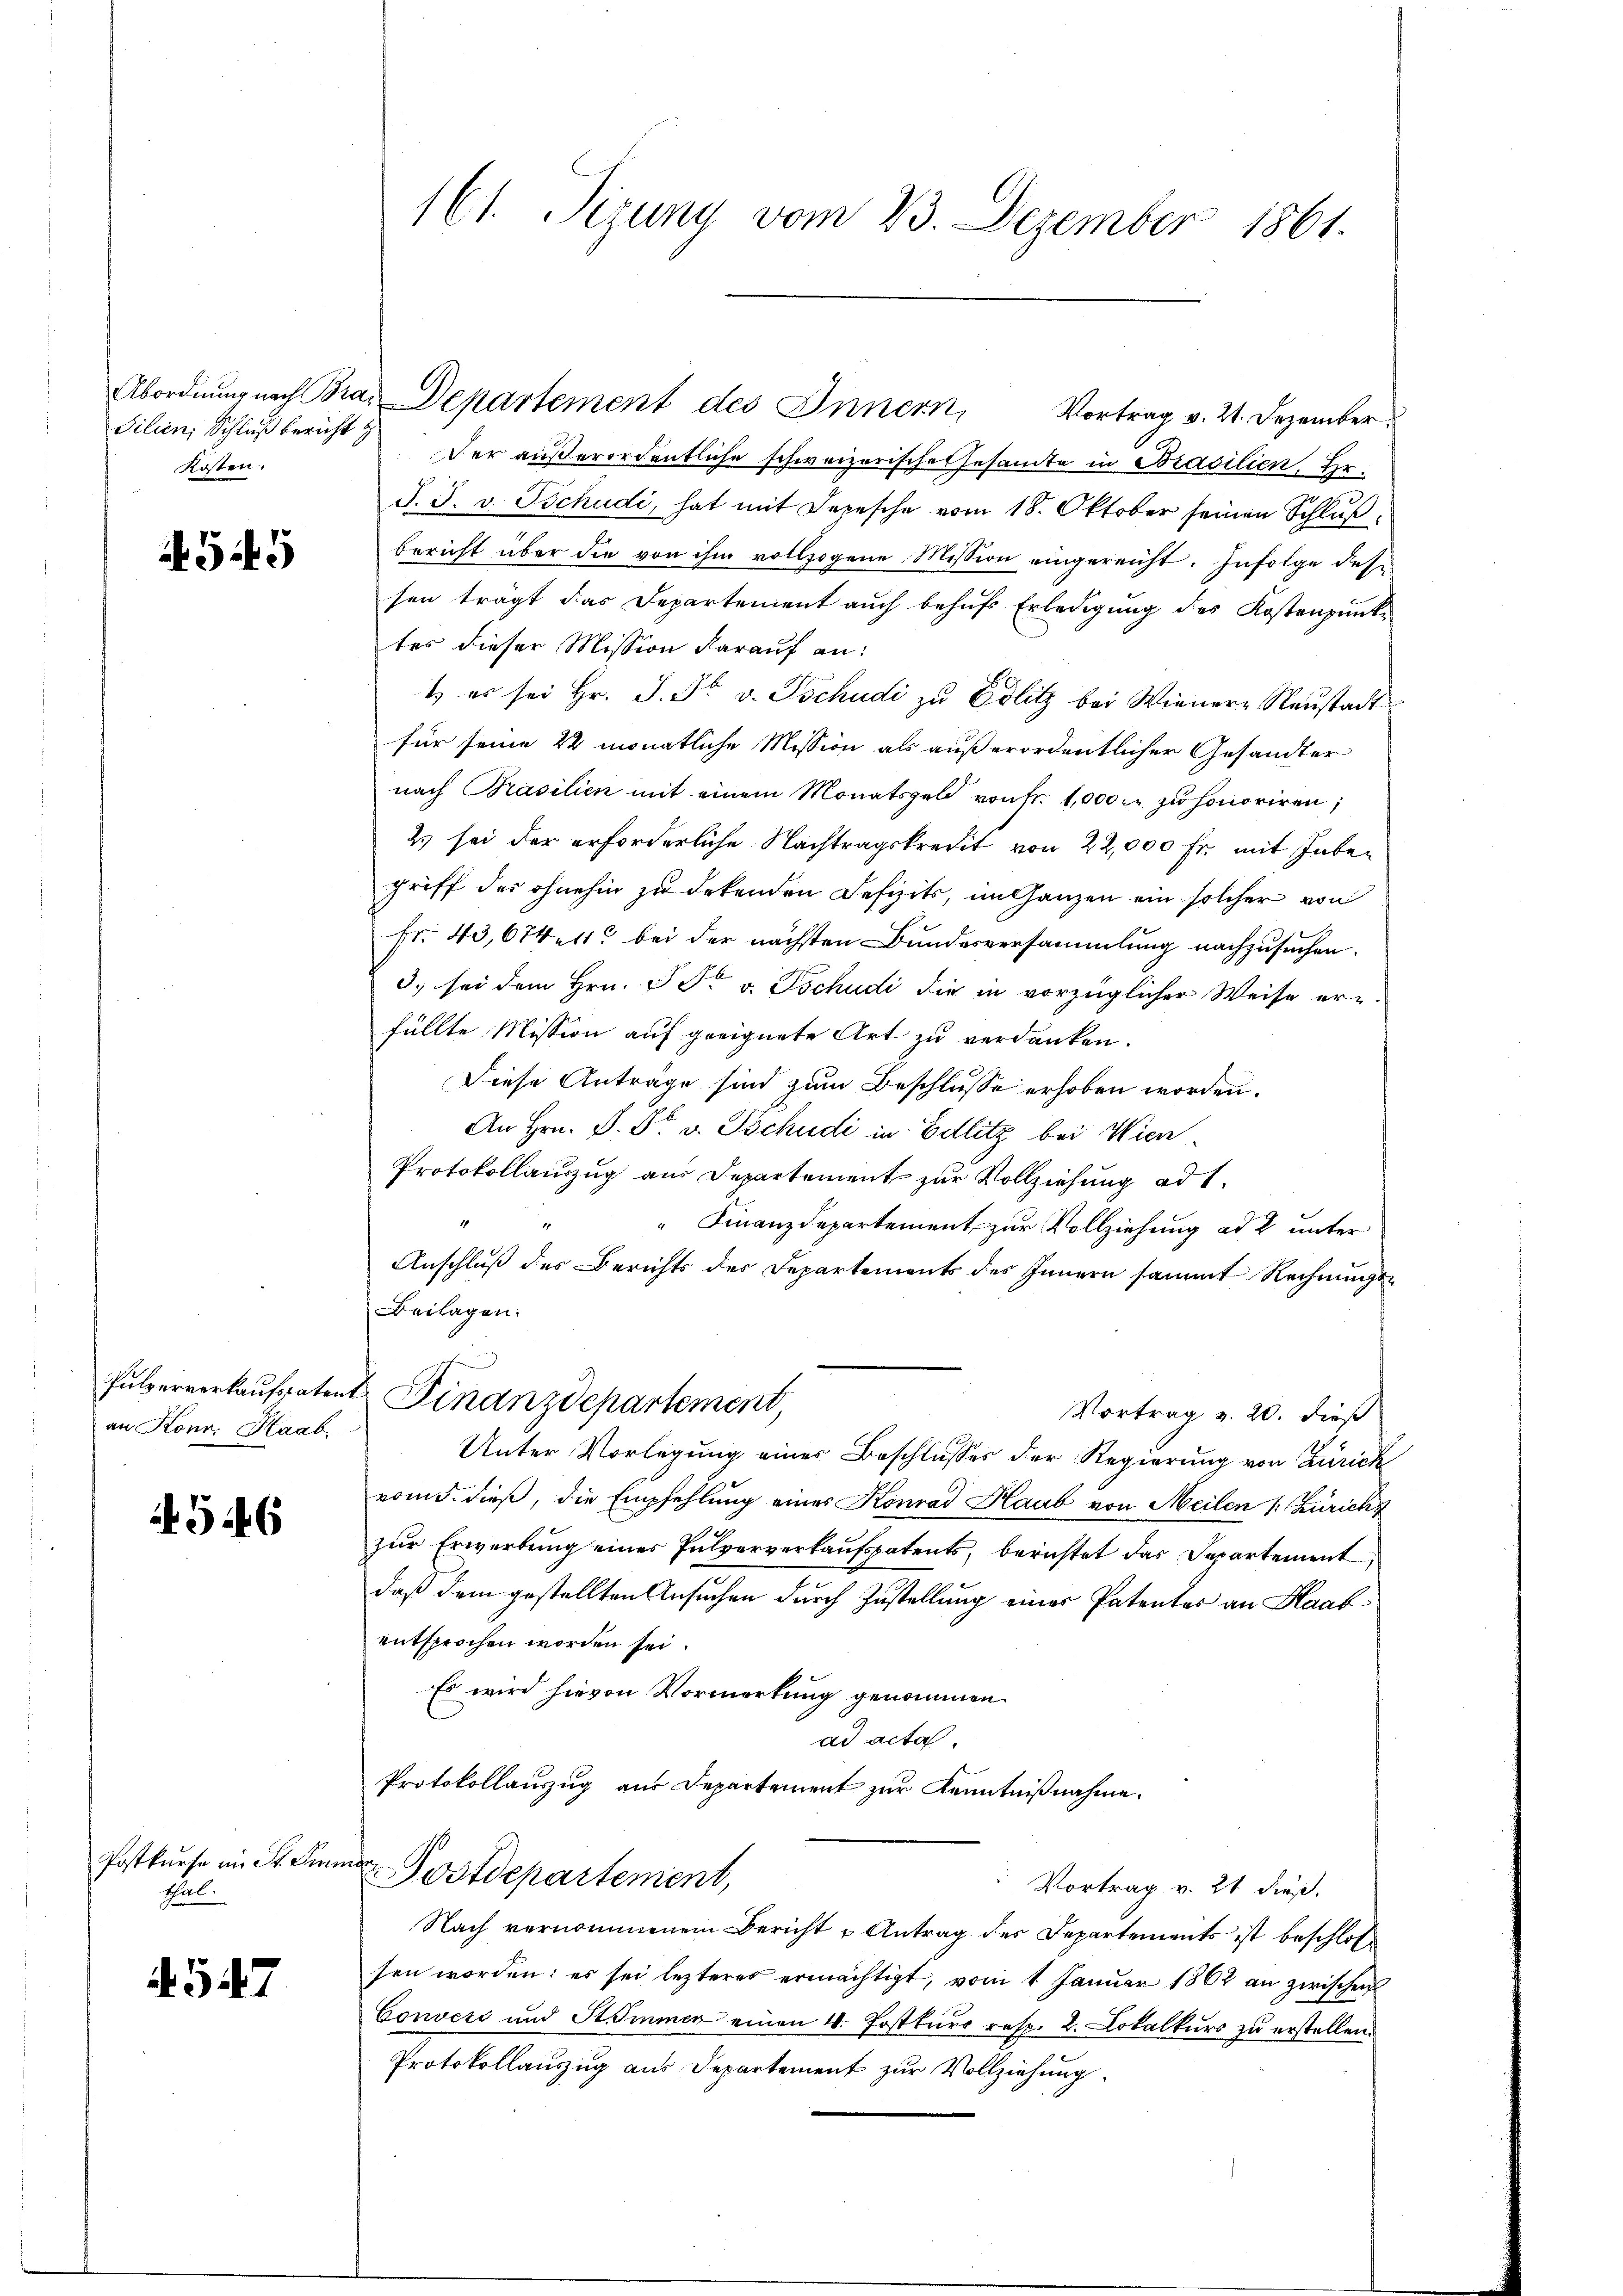
Silien, Schluß bericht g
Kosten.

545

an Konr. Haab

4546

Postkurse im St. Sinn.
thal.

4547

161. Sizung vom 23. Dezember 1861.

Abordnŭng nach Bra. Departement des Innern, Vortrag v. 21. Dezember.

Der außerordentliche schweizerisches Gesamte in Brasilien, Hr.
J. J. v. Tschudi, hat mit Depesche vom 18. Oktober seinen Schlußbericht über die von ihm vollzogene Mission eingereicht. Infolge dese
sen trägt das Departement auch behufs Erledigung des Kostenpunk-
tes dieser Mission darauf an:
1. er sei Hr. J. Fr. v. Tschudi zŭ Edlitz bei Wienere Neŭstadt
für seine 22 monatliche Mission als außerordentlicher Gesandter
nach Prasilien mit einem Monatsgeld von Fr. 1000. zu honoriren;
2 sei der erforderliche Nachtragskredit von 22,000 Fr. mit Inbegriff des ohnehin zu erkenden Defizits, im Ganzen ein solcher von
fr. 43,674 ett bei der nächsten Bundesversammlung nachzusuchen.
d. sei dem Hrn. P. Dr v. Tschudi die in vorzüglicher Weise erz
füllte Mission auf geeignete Art zu verdanken.
Diese Anträge sind zum Beschlusse erhoben worden.
An Hrn. P. Dr. v. Tschudi in Edlitz bei Wien
Protokollauszug aus Departement zur Vollziehung ad 1.
" Finanzdepartement zur Vollziehung ad 2. unter
Anschluß des Berichts des Departements des Innern sammt Rechnungs¬
Beilagen.
Pulperverkaufsatent Finanzdepartement,
Vortrag v. 20. dieß
Unter Vorlegung einer Beschlusses der Regierung von Zürich
vom 5. dieß, die Empfehlung eines Konrad Haab von Meilen (: Zürich
zur Erwerbung eines Pulververkaufspatents, berichtet das Departement
daß dem gestellten Ansuchen durch Zustellung einer Patentes an Haab
entsprochen worden sei.
Es wird hievon Vormerkung genommen
ad acta.
Protokollauszug aus Departement zur Kenntnißnahme.
¬
Postdepartement,
Vortrag v. 21 dieß.
Nach vernommenem Bericht u Antrag des Departements ist beschlos
sen worden: es sei lezteres ermächtigt, vom 1 Januar 1862 an zwischen
Convere und Stimmer einen 4. Postkurs resp. 2. Lokalkurs zu erstellen.
Protokollauszug aus Departement zur Vollziehung.